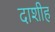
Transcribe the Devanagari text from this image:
दाशीह